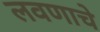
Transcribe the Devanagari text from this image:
लवणाचे